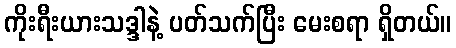
ကိုးရီးယားသဒ္ဒါနဲ့ ပတ်သက်ပြီး မေးစရာ ရှိတယ်။